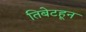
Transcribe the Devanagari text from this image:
तिबेटहून